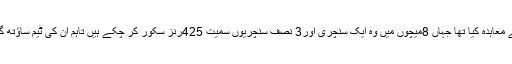
بابراعظم سے سمرسٹ کاؤنٹی نے ٹی ٹونٹی بلاسٹ کیلئے معاہدہ کیا تھا جہاں 8میچوں میں وہ ایک سنچری اور3 نصف سنچریوں سمیت 425رنز سکور کر چکے ہیں تاہم ان کی ٹیم ساؤتھ گروپ میں 4 فتوحات کی بدولت چوتھے نمبر پر فائز ہے۔